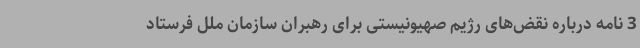
3 نامه درباره نقض‌های رژیم صهیونیستی برای رهبران سازمان ملل فرستاد